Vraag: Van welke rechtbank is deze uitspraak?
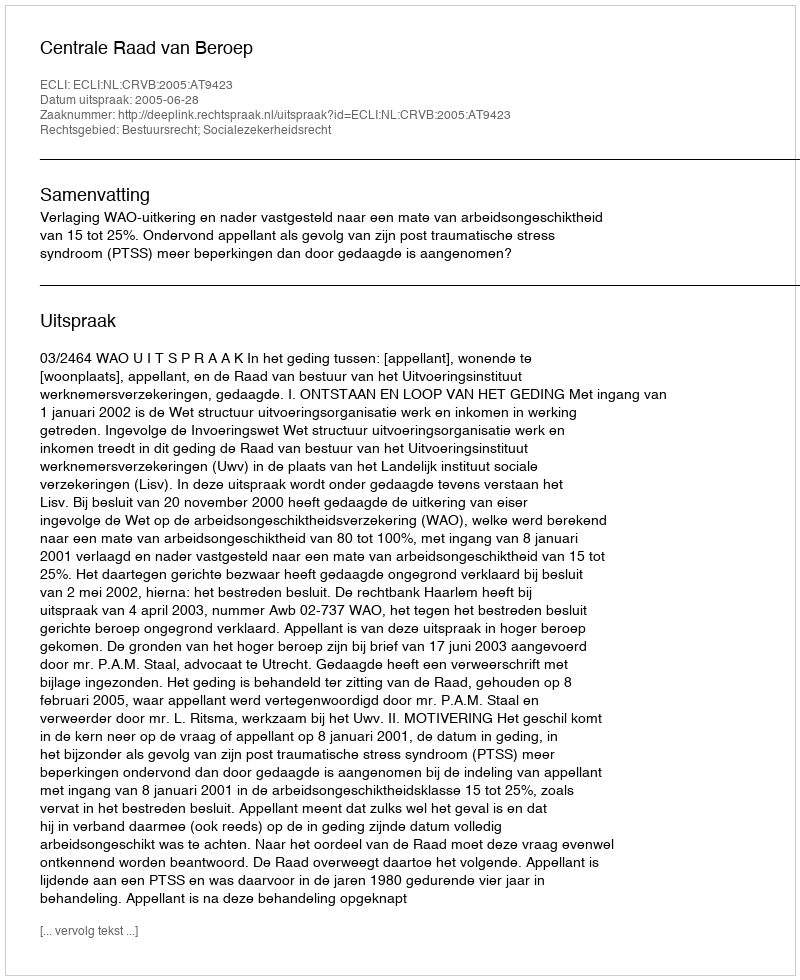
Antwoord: Centrale Raad van Beroep